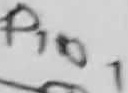
Text: PIN1